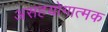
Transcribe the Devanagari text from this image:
असहयोगात्मक